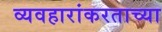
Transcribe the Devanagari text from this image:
व्यवहारांकरताच्या